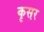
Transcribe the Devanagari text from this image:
कृसर